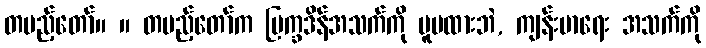
တပည့်တော်။ ။ တပည့်တော်က ပြက္ခဒိန်အသက်ကို မူမထားဘဲ, ကျန်းမာရေး အသက်ကို